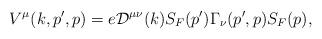
LaTeX: \begin{align*}V^{\mu}(k, p', p)=e {\cal D}^{\mu\nu}(k)S_F(p')\Gamma_{\nu}(p', p)S_F(p),\end{align*}